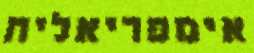
אימפריאלית